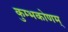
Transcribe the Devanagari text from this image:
कुम्भकोणम्